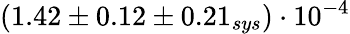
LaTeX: (1.42\pm 0.12\pm 0.21_{sys})\cdot 10^{-4}